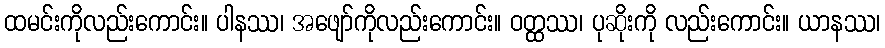
ထမင်းကိုလည်းကောင်း။ ပါနဿ၊ အဖျော်ကိုလည်းကောင်း။ ဝတ္ထဿ၊ ပုဆိုးကို လည်းကောင်း။ ယာနဿ၊